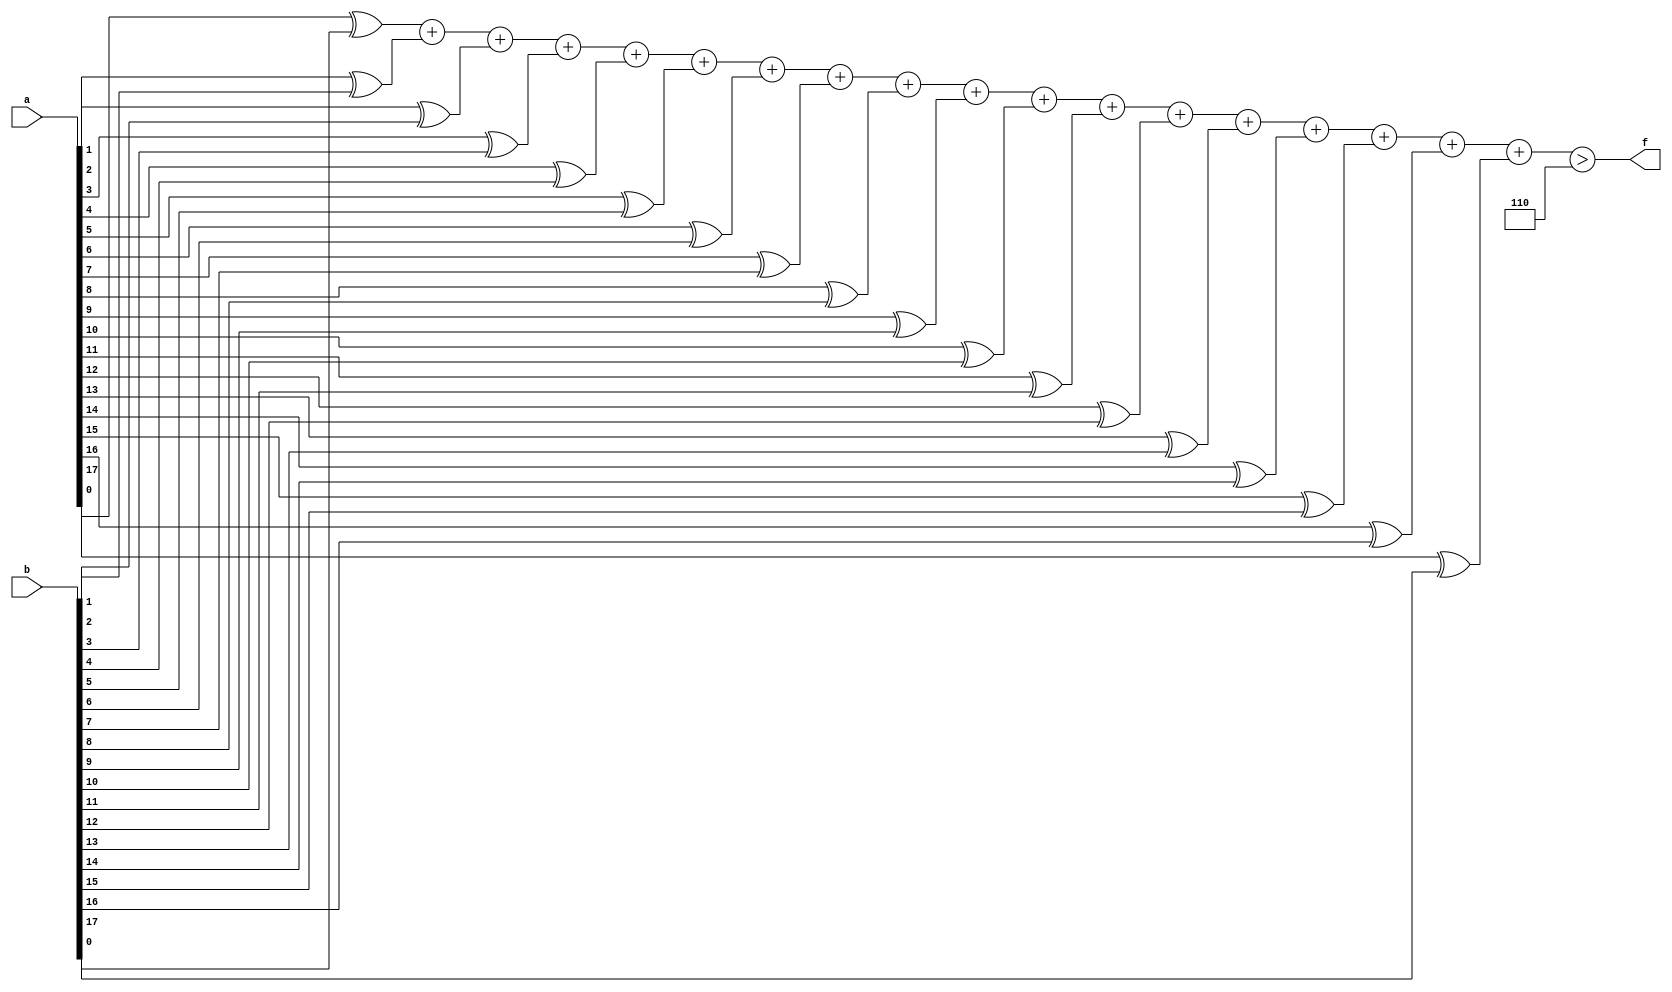
module mhd_mit(a, b, f);
parameter _bit = 18;
parameter mhd = 6;
input [_bit - 1: 0] a;
input [_bit - 1: 0] b;
output f;
wire [_bit - 1: 0] diff;
wire [5: 0] sum;
assign diff[0] = a[0] ^ b[0];
assign diff[1] = a[1] ^ b[1];
assign diff[2] = a[2] ^ b[2];
assign diff[3] = a[3] ^ b[3];
assign diff[4] = a[4] ^ b[4];
assign diff[5] = a[5] ^ b[5];
assign diff[6] = a[6] ^ b[6];
assign diff[7] = a[7] ^ b[7];
assign diff[8] = a[8] ^ b[8];
assign diff[9] = a[9] ^ b[9];
assign diff[10] = a[10] ^ b[10];
assign diff[11] = a[11] ^ b[11];
assign diff[12] = a[12] ^ b[12];
assign diff[13] = a[13] ^ b[13];
assign diff[14] = a[14] ^ b[14];
assign diff[15] = a[15] ^ b[15];
assign diff[16] = a[16] ^ b[16];
assign diff[17] = a[17] ^ b[17];
assign sum = diff[0] + diff[1] + diff[2] + diff[3] + diff[4] + diff[5] + diff[6] + diff[7] + diff[8] + diff[9] + diff[10] + diff[11] + diff[12] + diff[13] + diff[14] + diff[15] + diff[16] + diff[17];
assign f = (sum > mhd);
endmodule